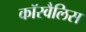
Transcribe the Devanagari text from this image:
कॉरवैलिस